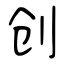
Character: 创